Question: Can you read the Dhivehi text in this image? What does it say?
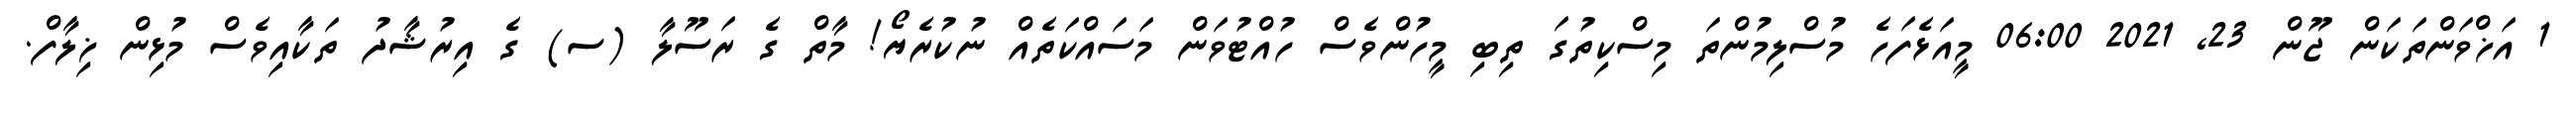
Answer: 1 އަޚްވަންތަކަން ޖޫން 23, 2021 06:00 މީއަޅެފަހެ މުސްލިމުންތަ މިސްކިތުގަ ތިބި މީހުންވެސް ހުއްޓުވަން މަސައްކަތެއް ނުކުރެޔޯ! މާތް ގެ ރަސޫލާ (ސ) ގެ އިރުޝާދު ތަކާއިވެސް މުޅިން ޚިލާފް.